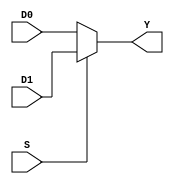
module Mux #(parameter width =32)
(
input wire [width-1:0]  D0, D1, 
input wire S,
output wire [width-1:0] Y
);
assign Y = (S) ? D1:D0 ;
endmodule